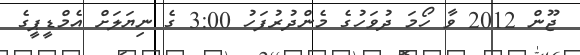
ޖޫން 2012 ވާ ހޯމަ ދުވަހުގެ މެންދުރުފަހު 3:00 ގެ ނިޔަލަށް އެމްޑީޕީގެ